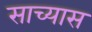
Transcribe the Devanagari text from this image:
साच्यास